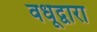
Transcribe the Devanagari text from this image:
वधूद्वारा